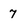
Character: 7